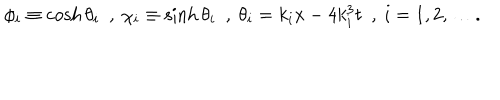
LaTeX: \phi _ { i } \equiv \cosh \theta _ { i } ~ ~ , ~ \chi _ { i } \equiv \sinh \theta _ { i } ~ ~ , ~ \theta _ { i } = k _ { i } x - 4 k _ { i } ^ { 3 } t ~ ~ , ~ i = 1 , 2 , \ldots .